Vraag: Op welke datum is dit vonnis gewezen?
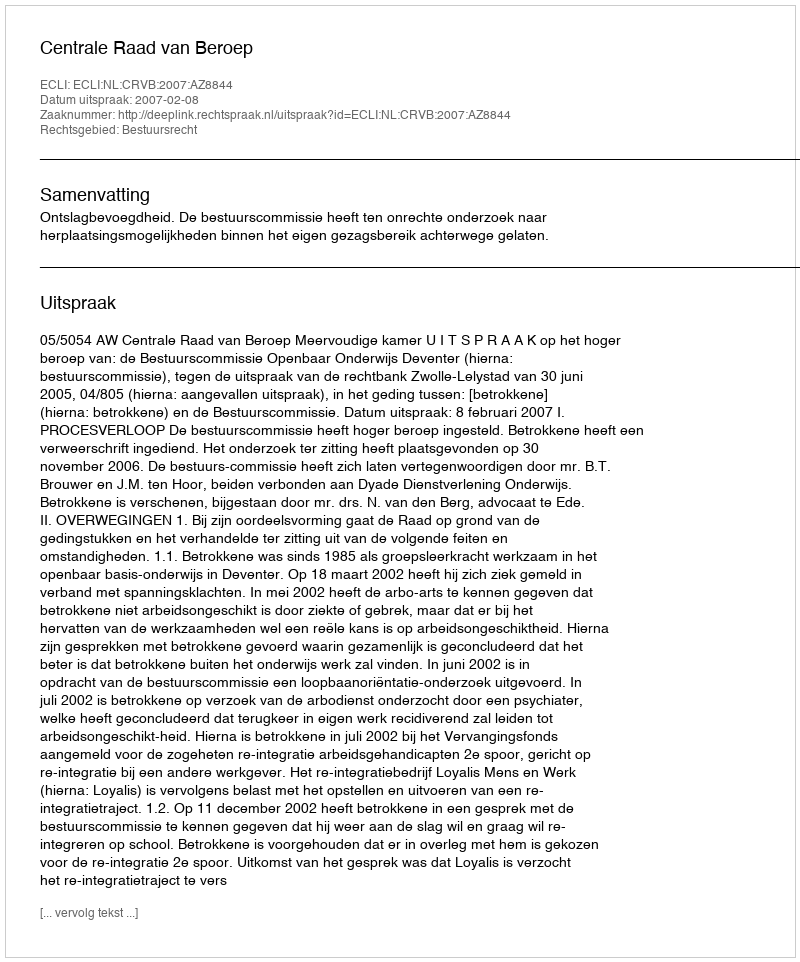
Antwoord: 2007-02-08